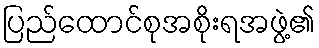
ပြည်ထောင်စုအစိုးရအဖွဲ့၏